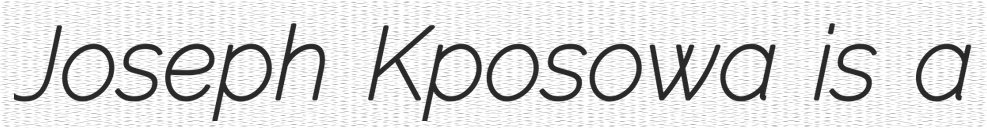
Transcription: Joseph Kposowa is a